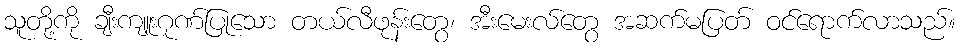
သူတို့ကို ချီးကျူးဂုဏ်ပြုသော တယ်လီဖုန်းတွေ၊ အီးမေးလ်တွေ အဆက်မပြတ် ဝင်ရောက်လာသည်။